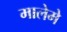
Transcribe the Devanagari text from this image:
मालेमे